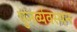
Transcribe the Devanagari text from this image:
पुनर्व्यवस्थन